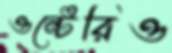
ওন্টেরিও